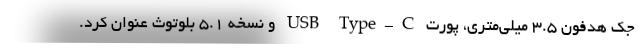
جک هدفون 3.۵ میلی‌متری، پورت USB Type-C و نسخه ۵.1 بلوتوث عنوان کرد.